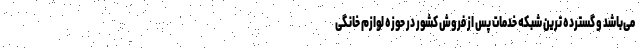
می‌باشد و گسترده ترین شبکه خدمات پس از فروش کشور در حوزه لوازم خانگی